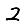
Digit: 2